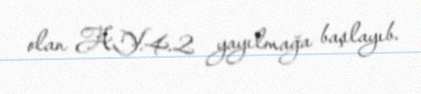
olan AY.4.2 yayılmağa başlayıb.